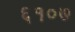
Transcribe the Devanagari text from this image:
६१०७